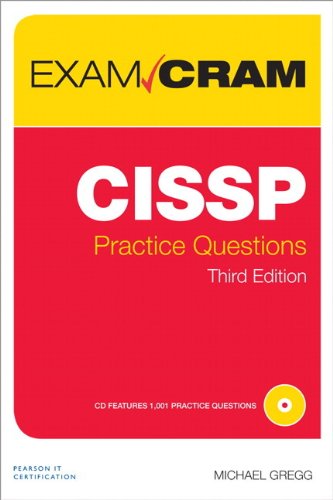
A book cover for CISSP Practice Questions Exam Cram (3rd Edition); Michael Gregg; Computers & Technology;